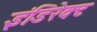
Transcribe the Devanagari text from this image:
इंडिरेक्ट